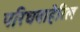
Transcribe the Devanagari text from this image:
परिघबाहेरिल